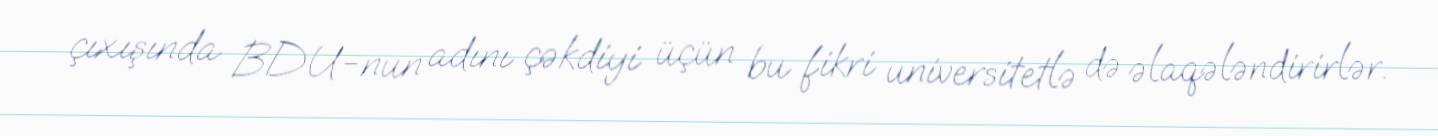
çıxışında BDU-nun adını çəkdiyi üçün bu fikri universitetlə də əlaqələndirirlər.